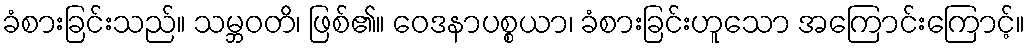
ခံစားခြင်းသည်။ သမ္ဘဝတိ၊ ဖြစ်၏။ ဝေဒနာပစ္စယာ၊ ခံစားခြင်းဟူသော အကြောင်းကြောင့်။